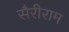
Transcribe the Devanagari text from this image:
सैरीराम